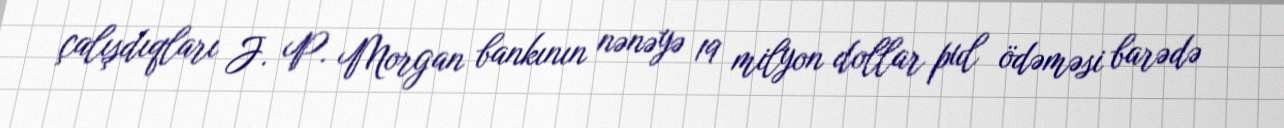
çalışdıqları J. P. Morgan bankının nənəyə 19 milyon dollar pul ödəməsi barədə